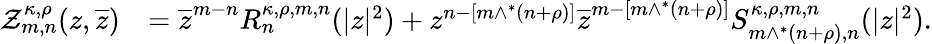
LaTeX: \begin{array}{rl}{\mathcal{Z}_{m,n}^{\kappa,\rho}(z,\overline{{z}})}&{=\overline{{z}}^{m-n}R_{n}^{\kappa,\rho,m,n}(|z|^{2})+z^{n-[m\wedge^{*}(n+\rho)]}\overline{{z}}^{m-[m\wedge^{*}(n+\rho)]}S_{m\wedge^{*}(n+\rho),n}^{\kappa,\rho,m,n}(|z|^{2}).}\end{array}